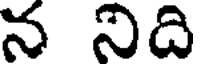
న నిది